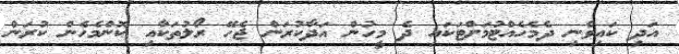
އަދި ކައިވެނި ދެމެހެއްޓުމަށްޓަކައި ދެ މީހުން އަދާކުރަން ޖެހޭ ރޯލުތަކާއި ކޮންމެހެން ކުރަން